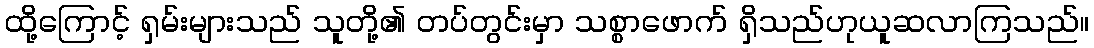
ထို့ကြောင့် ရှမ်းများသည် သူတို့၏ တပ်တွင်းမှာ သစ္စာဖောက် ရှိသည်ဟုယူဆလာကြသည်။